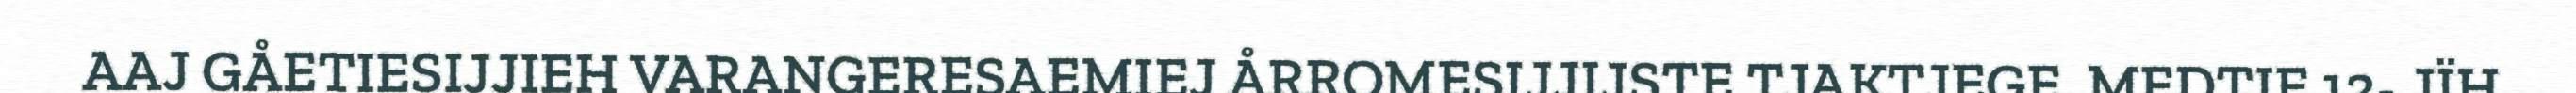
AAJ GÅETIESIJJIEH VARANGERESAEMIEJ ÅRROMESIJJIJSTE TJAKTJEGE, MEDTIE 12- JÏH